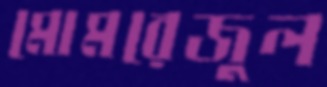
মোমরেজুল